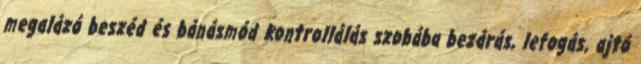
megalázó beszéd és bánásmód kontrollálás szobába bezárás, lefogás, ajtó